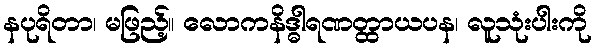
နပုရိတာ၊ မဖြည့်။ လောကနိဒ္ဓါရဏတ္ထာယပန၊ လူသုံးပါးကို